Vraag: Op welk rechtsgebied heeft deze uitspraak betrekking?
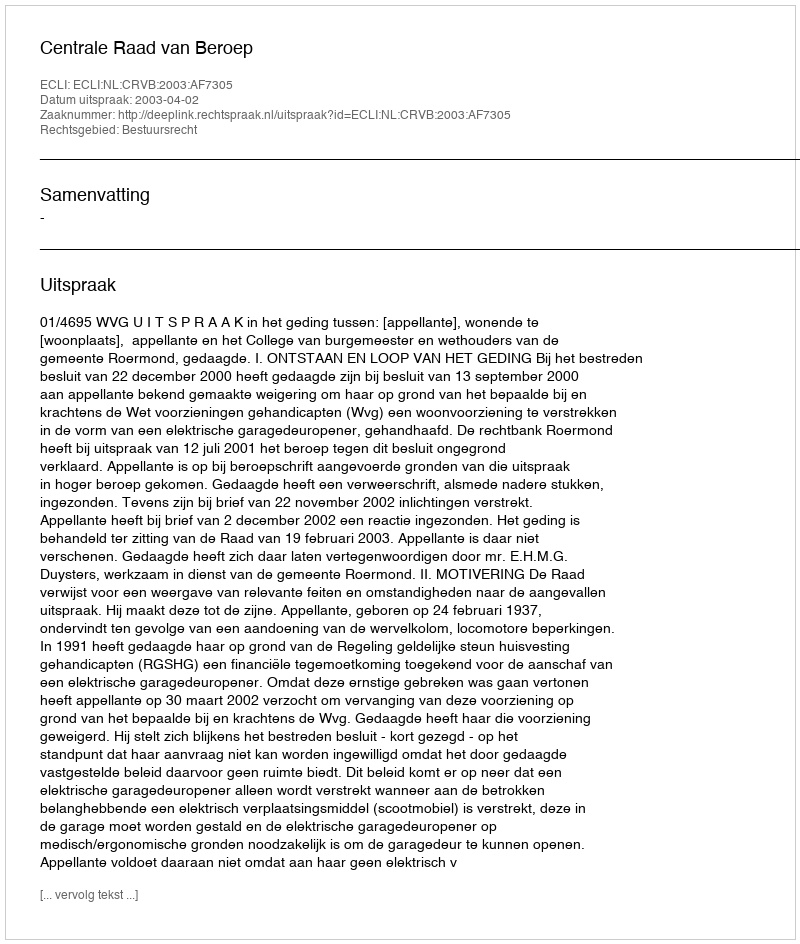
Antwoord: Bestuursrecht